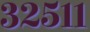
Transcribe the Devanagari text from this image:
३२५११